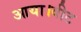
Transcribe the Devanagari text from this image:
आया।वीट